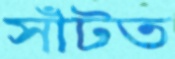
সাঁটত